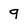
Character: 9